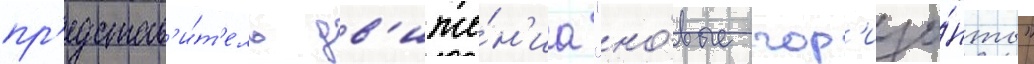
пр'едстав'и́т'ель дв'иже́н'иа "но́вые гор'изо́нты"